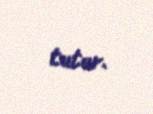
tutur.